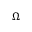
\Omega